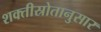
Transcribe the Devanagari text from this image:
शक्तीस्रोतानुसार